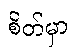
စိတ်မှာ